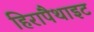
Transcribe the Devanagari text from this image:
हिरापैथाइट